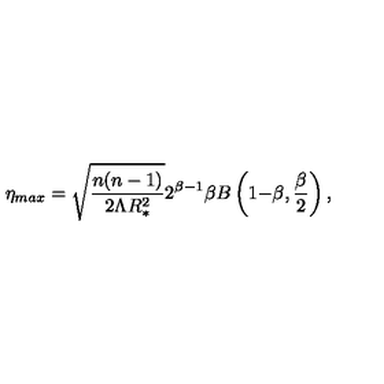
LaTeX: \eta _ { m a x } = \sqrt { \frac { n ( n - 1 ) } { 2 \Lambda R _ { * } ^ { 2 } } } 2 ^ { \beta { - } 1 } \beta B \left( 1 { - } \beta , { \frac { \beta } { 2 } } \right) ,